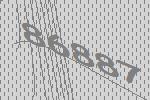
86887